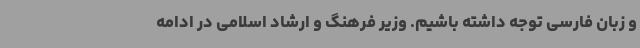
و زبان فارسی توجه داشته باشیم. وزیر فرهنگ و ارشاد اسلامی در ادامه